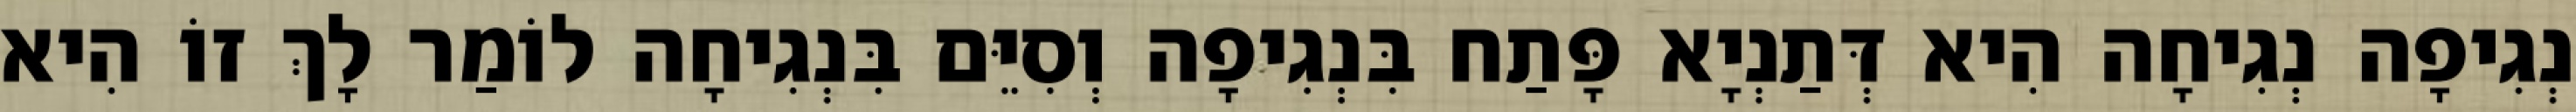
נְגִיפָה נְגִיחָה הִיא דְּתַנְיָא פָּתַח בִּנְגִיפָה וְסִיֵּם בִּנְגִיחָה לוֹמַר לָךְ זוֹ הִיא